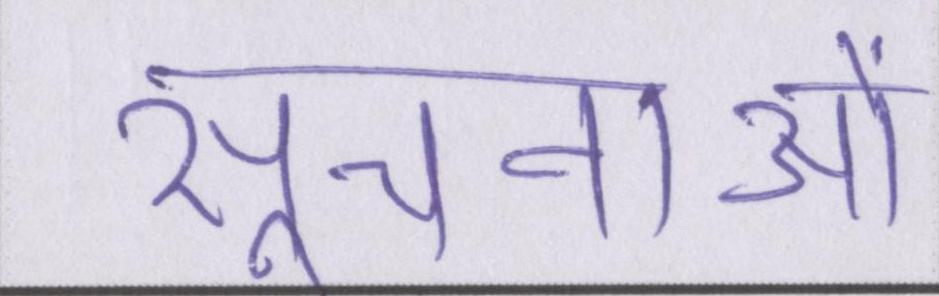
सूचनाओं